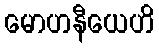
မောဟနီယေဟိ